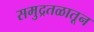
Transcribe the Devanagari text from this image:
समुद्रतळातून